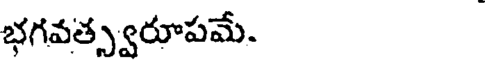
భగవత్స్వరూపమే.